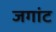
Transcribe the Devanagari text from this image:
जगांट